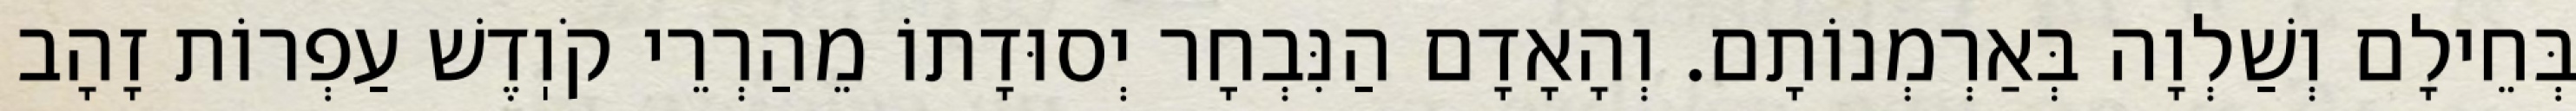
בְּחֵילָם וְשַׁלְוָה בְּאַרְמְנוֹתָם. וְהָאָדָם הַנִּבְחָר יְסוּדָתוֹ מֵהַרְרֵי קֹוֽדֶשׁ עַפְרוֹת זָהָב